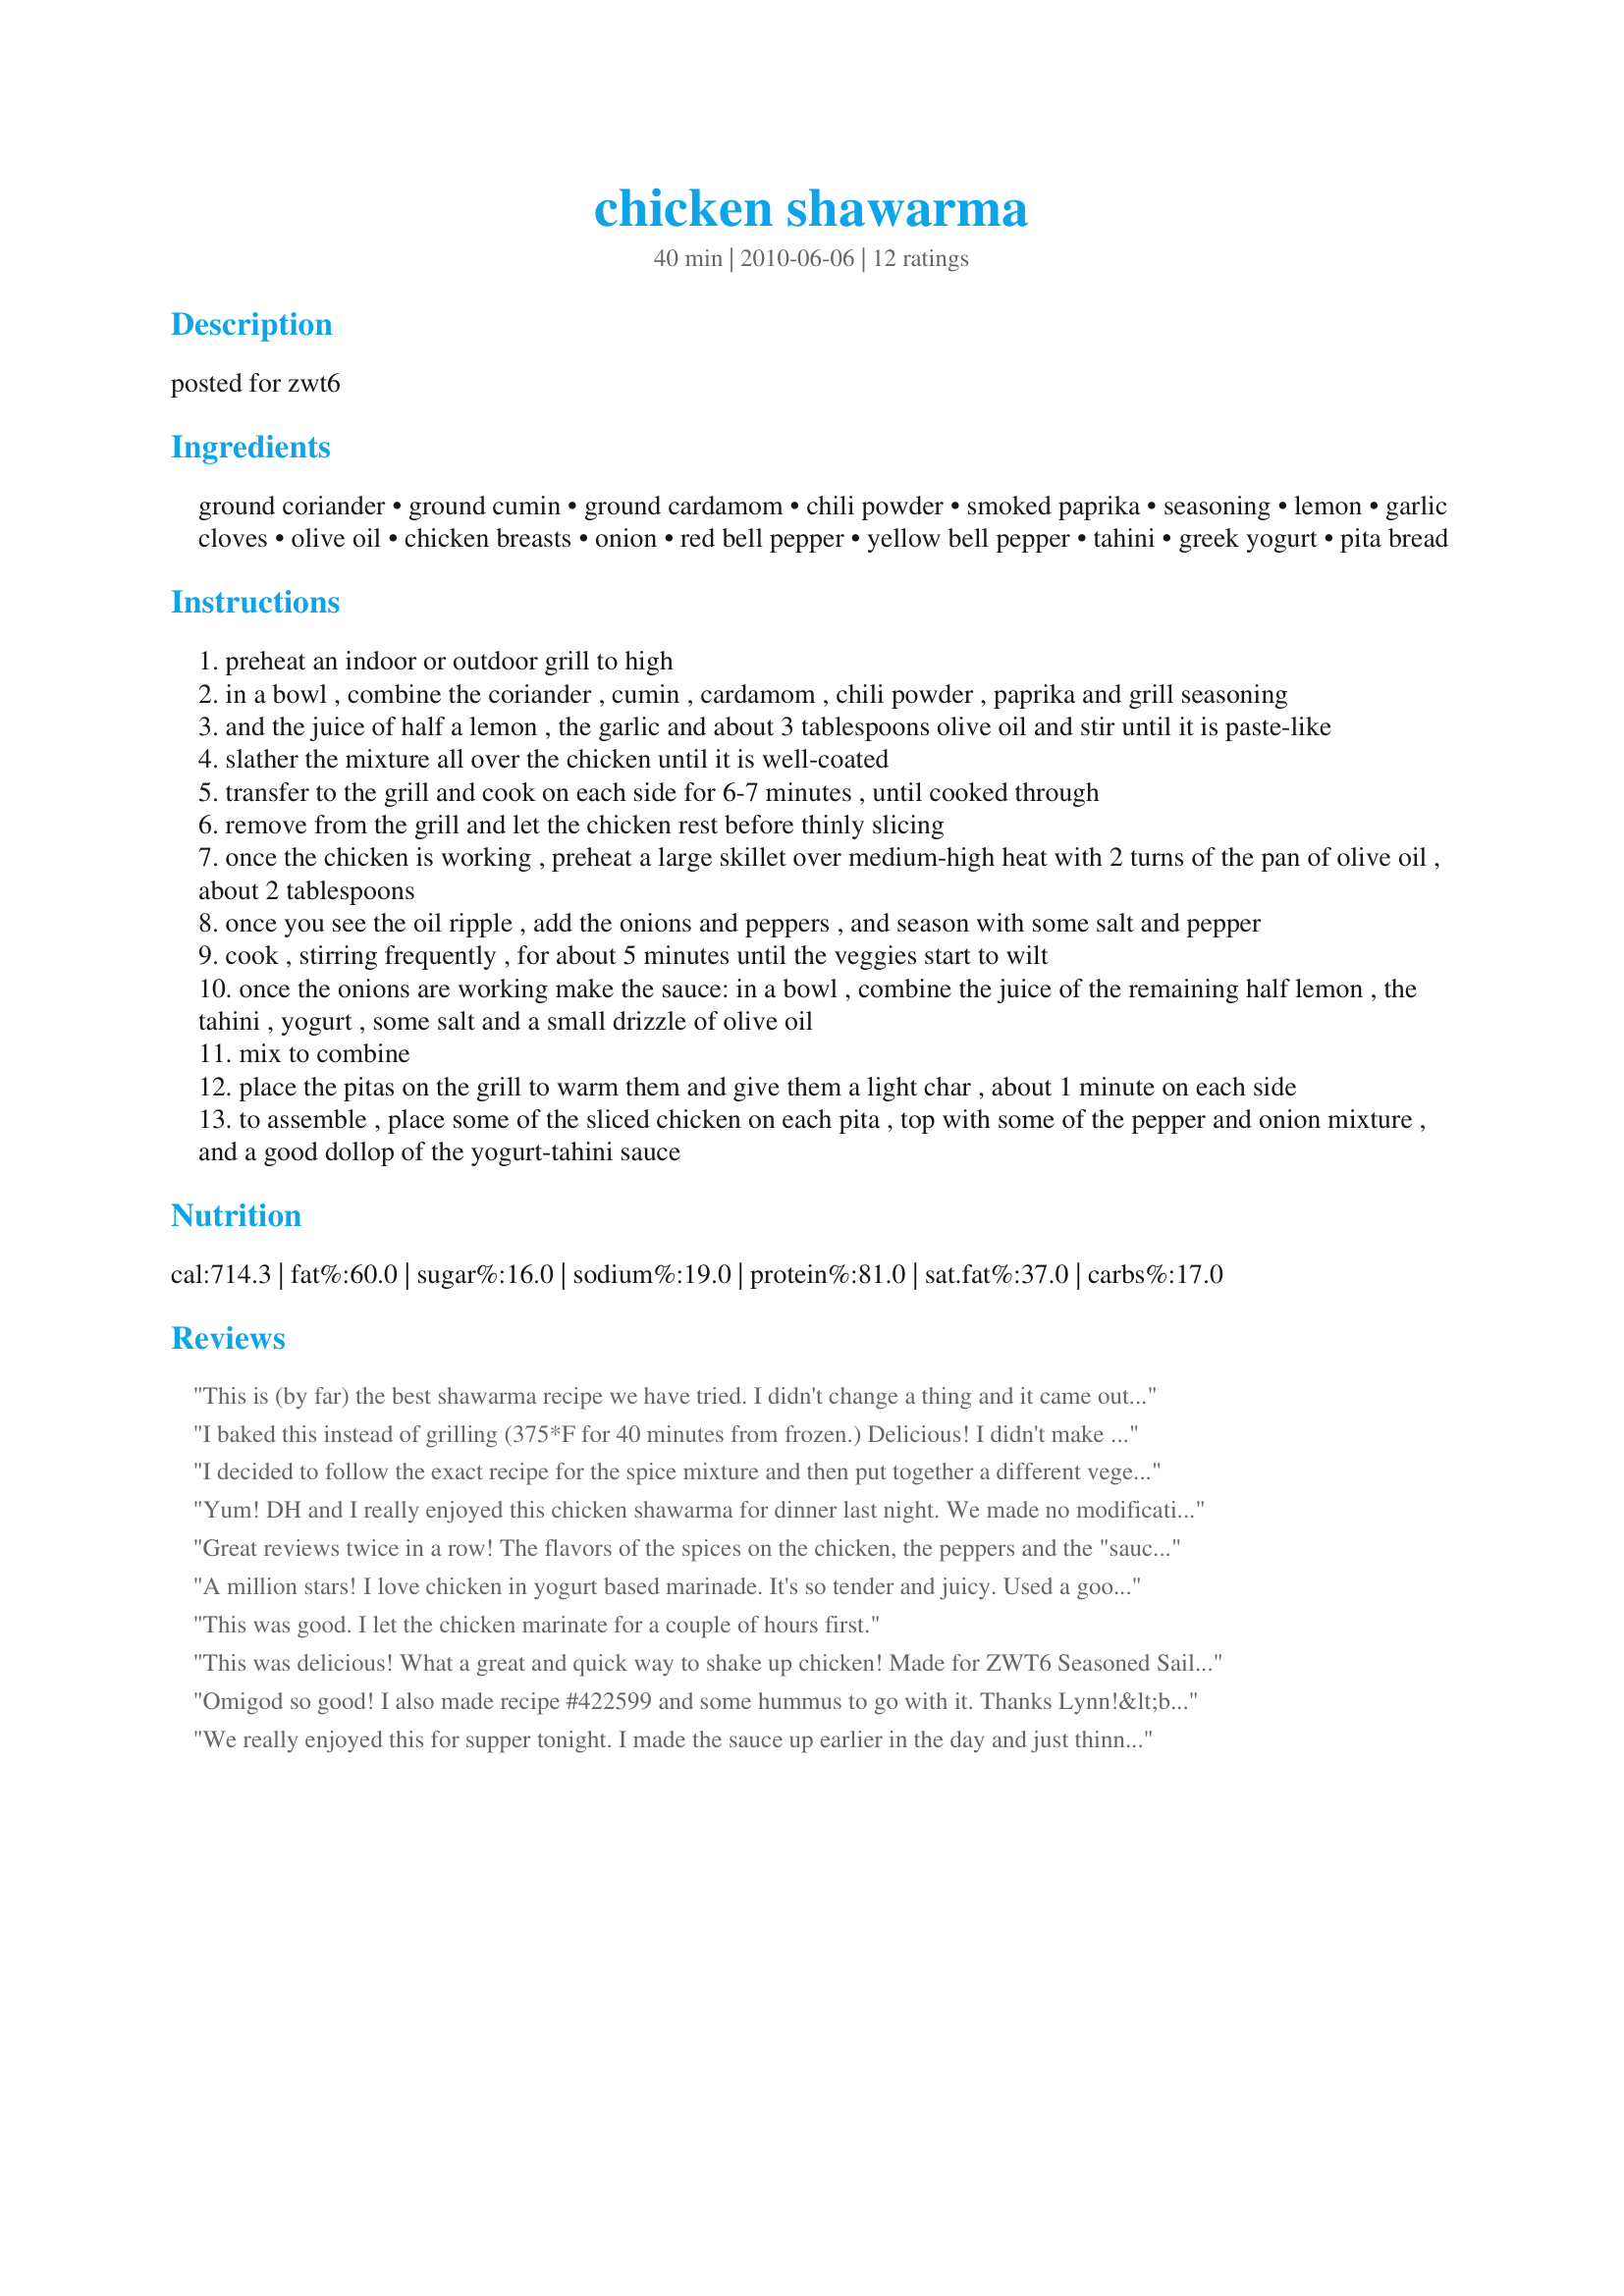
chicken shawarma
Preparation time: 40 minutes

posted for zwt6

Ingredients:
ground coriander, ground cumin, ground cardamom, chili powder, smoked paprika, seasoning, lemon, garlic cloves, olive oil, chicken breasts, onion, red bell pepper, yellow bell pepper, tahini, greek yogurt, pita bread

Steps:
preheat an indoor or outdoor grill to high
in a bowl , combine the coriander , cumin , cardamom , chili powder , paprika and grill seasoning
and the juice of half a lemon , the garlic and about 3 tablespoons olive oil and stir until it is paste-like
slather the mixture all over the chicken until it is well-coated
transfer to the grill and cook on each side for 6-7 minutes , until cooked through
remove from the grill and let the chicken rest before thinly slicing
once the chicken is working , preheat a large skillet over medium-high heat with 2 turns of the pan of olive oil , about 2 tablespoons
once you see the oil ripple , add the onions and peppers , and season with some salt and pepper
cook , stirring frequently , for about 5 minutes until the veggies start to wilt
once the onions are working make the sauce: in a bowl , combine the juice of the remaining half lemon , the tahini , yogurt , some salt and a small drizzle of olive oil
mix to combine
place the pitas on the grill to warm them and give them a light char , about 1 minute on each side
to assemble , place some of the sliced chicken on each pita , top with some of the pepper and onion mixture , and a good dollop of the yogurt-tahini sauce

Reviews:
This is (by far) the best shawarma recipe we have tried. I didn't change a thing and it came out beautifully!
I baked this instead of grilling (375*F for 40 minutes from frozen.) Delicious! I didn't make the yogurt sauce, but used recipe #426838 instead (not a big fan of tahini.) This was so simple, and a nice change from just plain chicken breast. We will be making this again! For ZWT6 N.
I decided to follow the exact recipe for the spice mixture and then put together a different vegetable mixture on my own based on the way my favorite local food cart does their shawarma. Also, I stir-fried the chicken cubes in a pan with (non-extra virgin) olive oil on super high heat because I didn't have access to a grill. I skipped the sauce part of this recipe and just used store bought tzatziki. I was very happy with the spice blend for this dish! Middle Eastern food is common here in Portland, OR but I had little experience cooking it; was unfamiliar with the spices. I knew what it was *supposed* to taste like and this recipe was spot on. Fellow foodies out there might want to try the salad I made to go with it, it was a major crowd pleaser with my roommates, their girlfriends and myself. I chopped up one carrot, half a red onion, four or five small crimini mushrooms, one small zucchini, half a small can of Blue Diamond plain almonds, and then threw in a very small jar of pimentos, a clove of chopped garlic and a (regular American grocery store size? Not sure of total weight) bunch of fresh chopped spinach. Toast the almonds in a dry pan first, then add the carrots along with some olive oil to coat, then the onions. Then zucchini and other stuff and finally clear out a little space in the bottom of the pan for the garlic, throw the spinach on top, and once it's wilted it's all done. If you want to get even more fancy I bet pistachios or pine nuts would be awesome in place of the almonds. To corroborate some of the other comments, the raw chicken and spice mix does stink, it's off-putting on the first attempt. That smell decreases in intensity and combines with roasty meat vegetable scent, and by the time you're done people will be knocking on your door asking what's cooking.
Yum! DH and I really enjoyed this chicken shawarma for dinner last night. We made no modifications to the ingredients, but DH did grill the veggies instead of sauteeing them. This worked out well and that way he could just monitor all the food at once. We served with fresh grilled corn on the cob. I'd have this again. Thanks, Lynn!
Great reviews twice in a row! The flavors of the spices on the chicken, the peppers and the "sauce" sing in perfect harmony! My only deviation was slicing the chicken breasts up first, putting the seasonings in a ziplock bag to coat and cooking in a fry pan. Too cold to grill in Ohio in January. Delicious!
A million stars! I love chicken in yogurt based marinade. It's so tender and juicy. Used a good nonfat Greek yogurt so it would stick well. THe grilling just made it better! Made for ZWT6 by a Looney Spoon Phoodie.
This was good. I let the chicken marinate for a couple of hours first.
This was delicious! What a great and quick way to shake up chicken! Made for ZWT6 Seasoned Sailor and his Sassy Sirens.
Omigod so good! I also made recipe #422599 and some hummus to go with it. Thanks Lynn!&lt;br/&gt;Made for PAC Spring &#039;13
We really enjoyed this for supper tonight. I made the sauce up earlier in the day and just thinned it with a little water as it thickened up some in the fridge. I would smear the paste on the chicken a couple of hours before grilling just to get it to penetrate the meat more. The instructions were easy to follow and dinner was on the table in no time. Served with Recipe #427781 and Recipe #228680 for a lovely meal. Thanks.
Wonderful! The flavors on the chicken were just delicious, and it was so easy to toss together. I used the recommended Montreal seasoning. Thanks for sharing! ZWT6
When I mixed the seasonings, I was very afraid because the smell was not appealing at all. It smelle like dirty shorts to me. I went ahead and grilled the chicken anyway and was very surprised at the results. It was very good. I did not make the tahini, as we prefer tzatziki. I will still be searching for a shawarma recipe, however, as I want something more like the red chunks of chicken we get in local restaurants.
